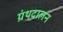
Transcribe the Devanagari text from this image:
ग्रंथदालन